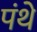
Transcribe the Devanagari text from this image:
पंथे